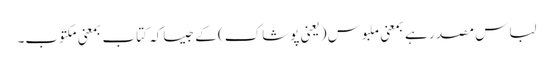
لباس مصدر ہے بمعنی ملبوس (یعنی پوشاک) کے جیساکہ کتاب بمعنی مکتوب۔